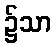
၌သာ